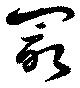
冣